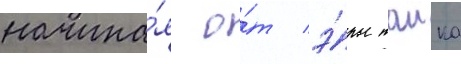
начина́я о́т э́ры таика